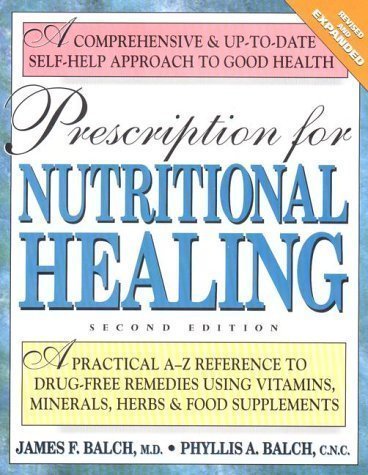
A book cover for By James F. Balch, Phyllis A. Balch: Prescription for Nutritional Healing: A Practical A-Z Reference to Drug-Free Remedies Using Vitamins, Minerals, Herbs & Food Supplements Second (2nd) Edition; -Author-; Health, Fitness & Dieting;